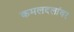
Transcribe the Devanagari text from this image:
कमलदलांवर